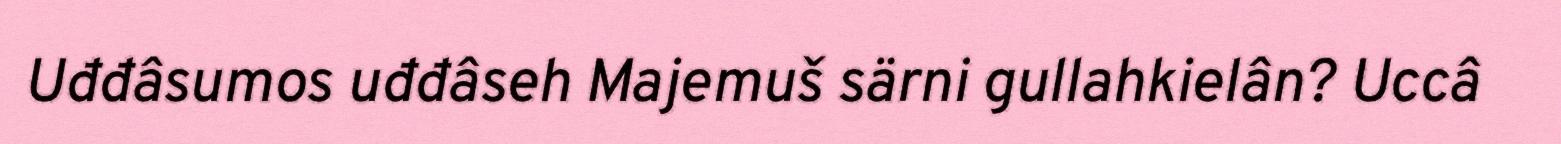
Uđđâsumos uđđâseh Majemuš särni gullahkielân? Uccâ